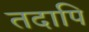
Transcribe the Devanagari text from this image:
तदापि